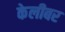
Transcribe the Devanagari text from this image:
केलीबर